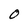
Character: O